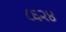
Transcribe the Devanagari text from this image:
८६२४